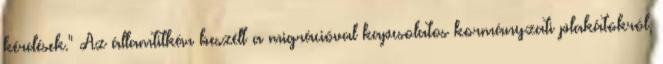
kérdések." Az államtitkár beszélt a migrációval kapcsolatos kormányzati plakátokról,